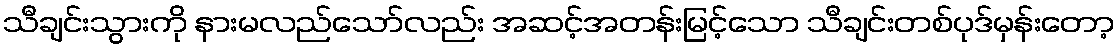
သီချင်းသွားကို နားမလည်သော်လည်း အဆင့်အတန်းမြင့်သော သီချင်းတစ်ပုဒ်မှန်းတော့